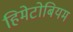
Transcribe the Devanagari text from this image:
हिमेटोबियम